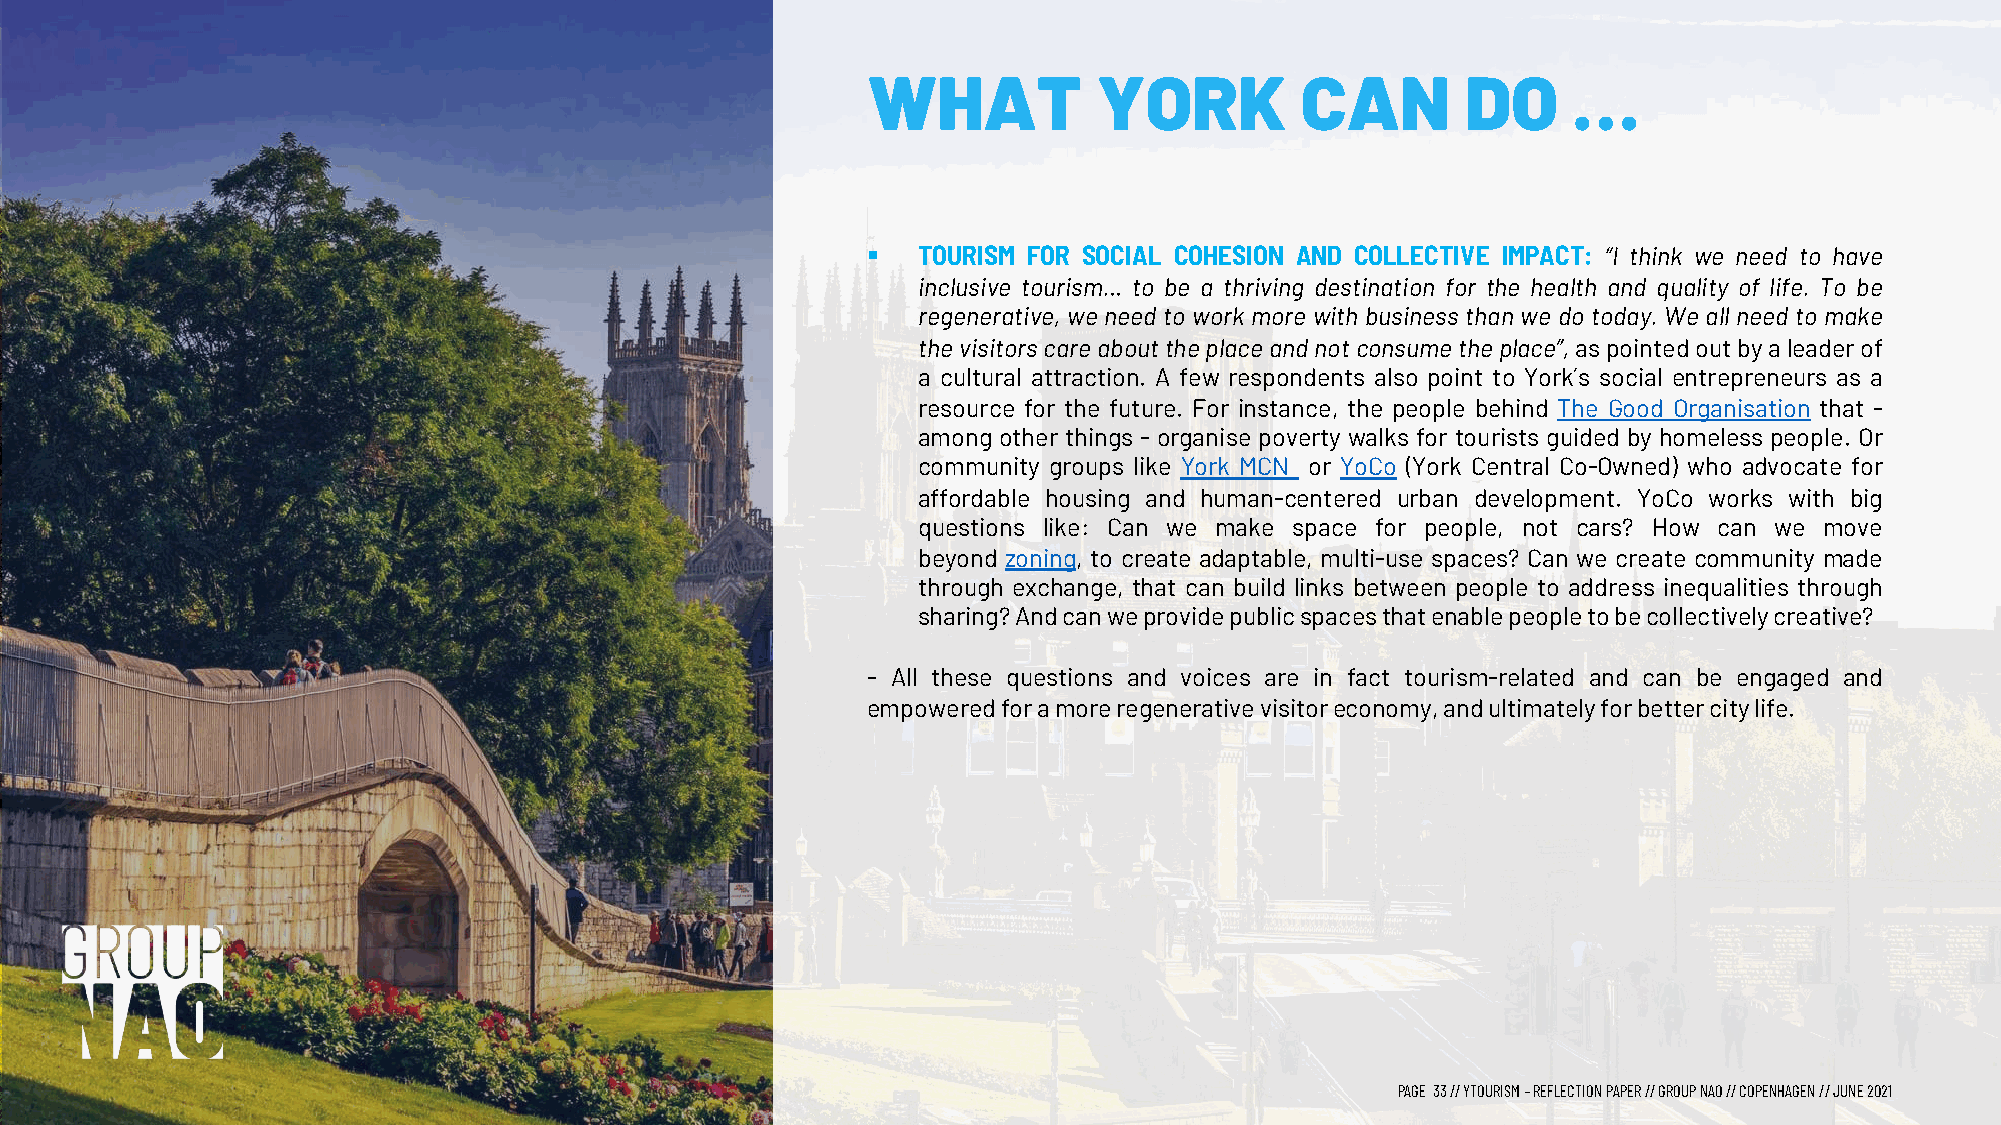
WHAT            YORK         CAN        DO     …
 §   TOURISM FOR SOCIAL COHESION AND COLLECTIVE IMPACT: “I think we need to have
 inclusive tourism… to be a thriving destination for the health and quality of life. To be
 regenerative, we need to work more with business than we do today. We all need to make
 thevisitorscareabouttheplaceandnotconsumetheplace”,aspointedoutbyaleaderof
 a cultural attraction. A few respondents also point to York´s social entrepreneurs as a
 resource for the future. For instance, the people behind The Good Organisation that -
 among other things - organise poverty walks for tourists guided by homeless people. Or
 community groups like York MCN or YoCo (York Central Co-Owned) who advocate for
 affordable housing and human-centered urban development. YoCo works with big
 questions like: Can we make space for people, not cars? How can we move
 beyond zoning, to create adaptable, multi-use spaces? Can we create community made
 through exchange, that can build links between people to address inequalities through
 sharing?Andcanweprovidepublicspacesthatenablepeopletobecollectivelycreative?
 - All these questions and voices are in fact tourism-related and can be engaged and
 empoweredforamoreregenerativevisitoreconomy,andultimatelyforbettercitylife.
 PAGE 33// YTOURISM –REFLECTION PAPER // GROUP NAO // COPENHAGEN // JUNE 2021